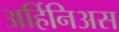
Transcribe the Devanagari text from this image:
अर्हिनिअस